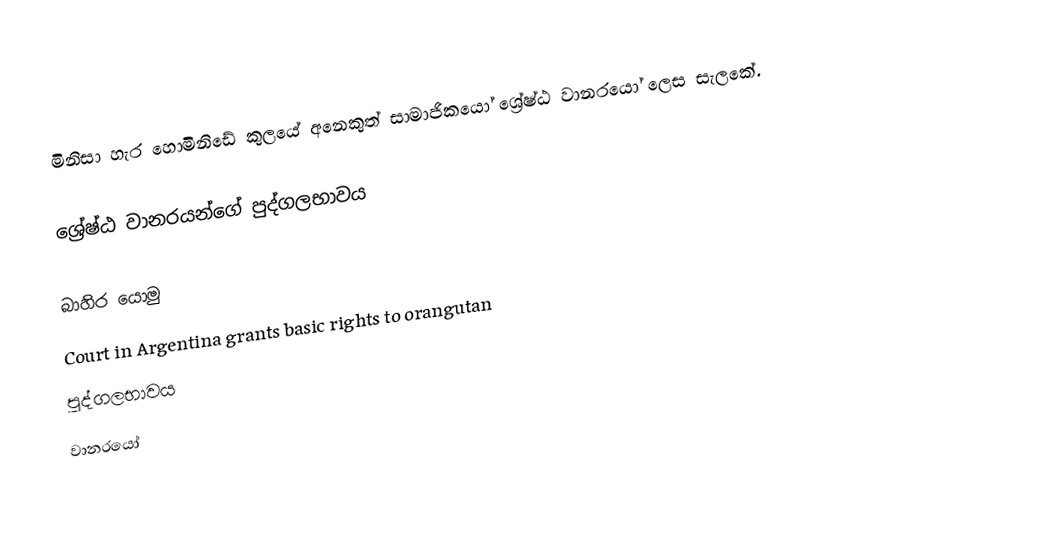
මිනිසා හැර හොමිනිඩේ කුලයේ අනෙකුත් සාමාජිකයෝ ශ්‍රේෂ්ඨ වානරයෝ  ලෙස සැලකේ.

ශ්‍රේෂ්ඨ වානරයන්ගේ පුද්ගලභාවය

බාහිර යොමු
 Court in Argentina grants basic rights to orangutan
පුද්ගලභාවය
වානරයෝ